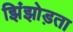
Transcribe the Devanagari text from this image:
झिंझोड़ता